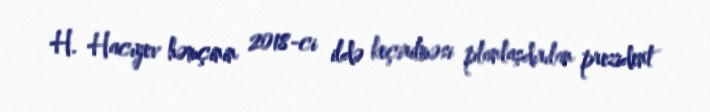
H. Hacıyev həmçinin 2018-ci ildə keçirilməsi planlaşdırılan prezident